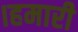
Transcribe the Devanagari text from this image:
।हमारी